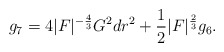
\begin{align*} g_7 = 4|F|^{-\frac{4}{3}} G^2 dr^2 + \frac{1}{2}|F|^{\frac{2}{3}} g_6.\end{align*}